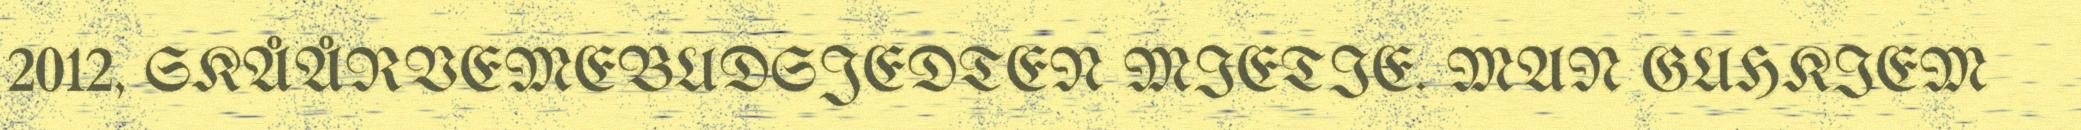
2012, SKÅÅRVEMEBUDSJEDTEN MIETIE. MAN GUHKIEM